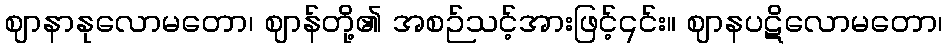
ဈာနာနုလောမတော၊ ဈာန်တို့၏ အစဉ်သင့်အားဖြင့်၎င်း။ ဈာနပဋိလောမတော၊